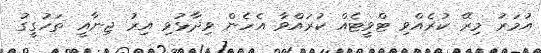
އުމަރު މިރޭ ކުރެއްވި ޓްވީޓެއް ކުރައްވާ އެހެން ވިދާޅުވި އިރު ޖިނާއީ ތަހުގީގު